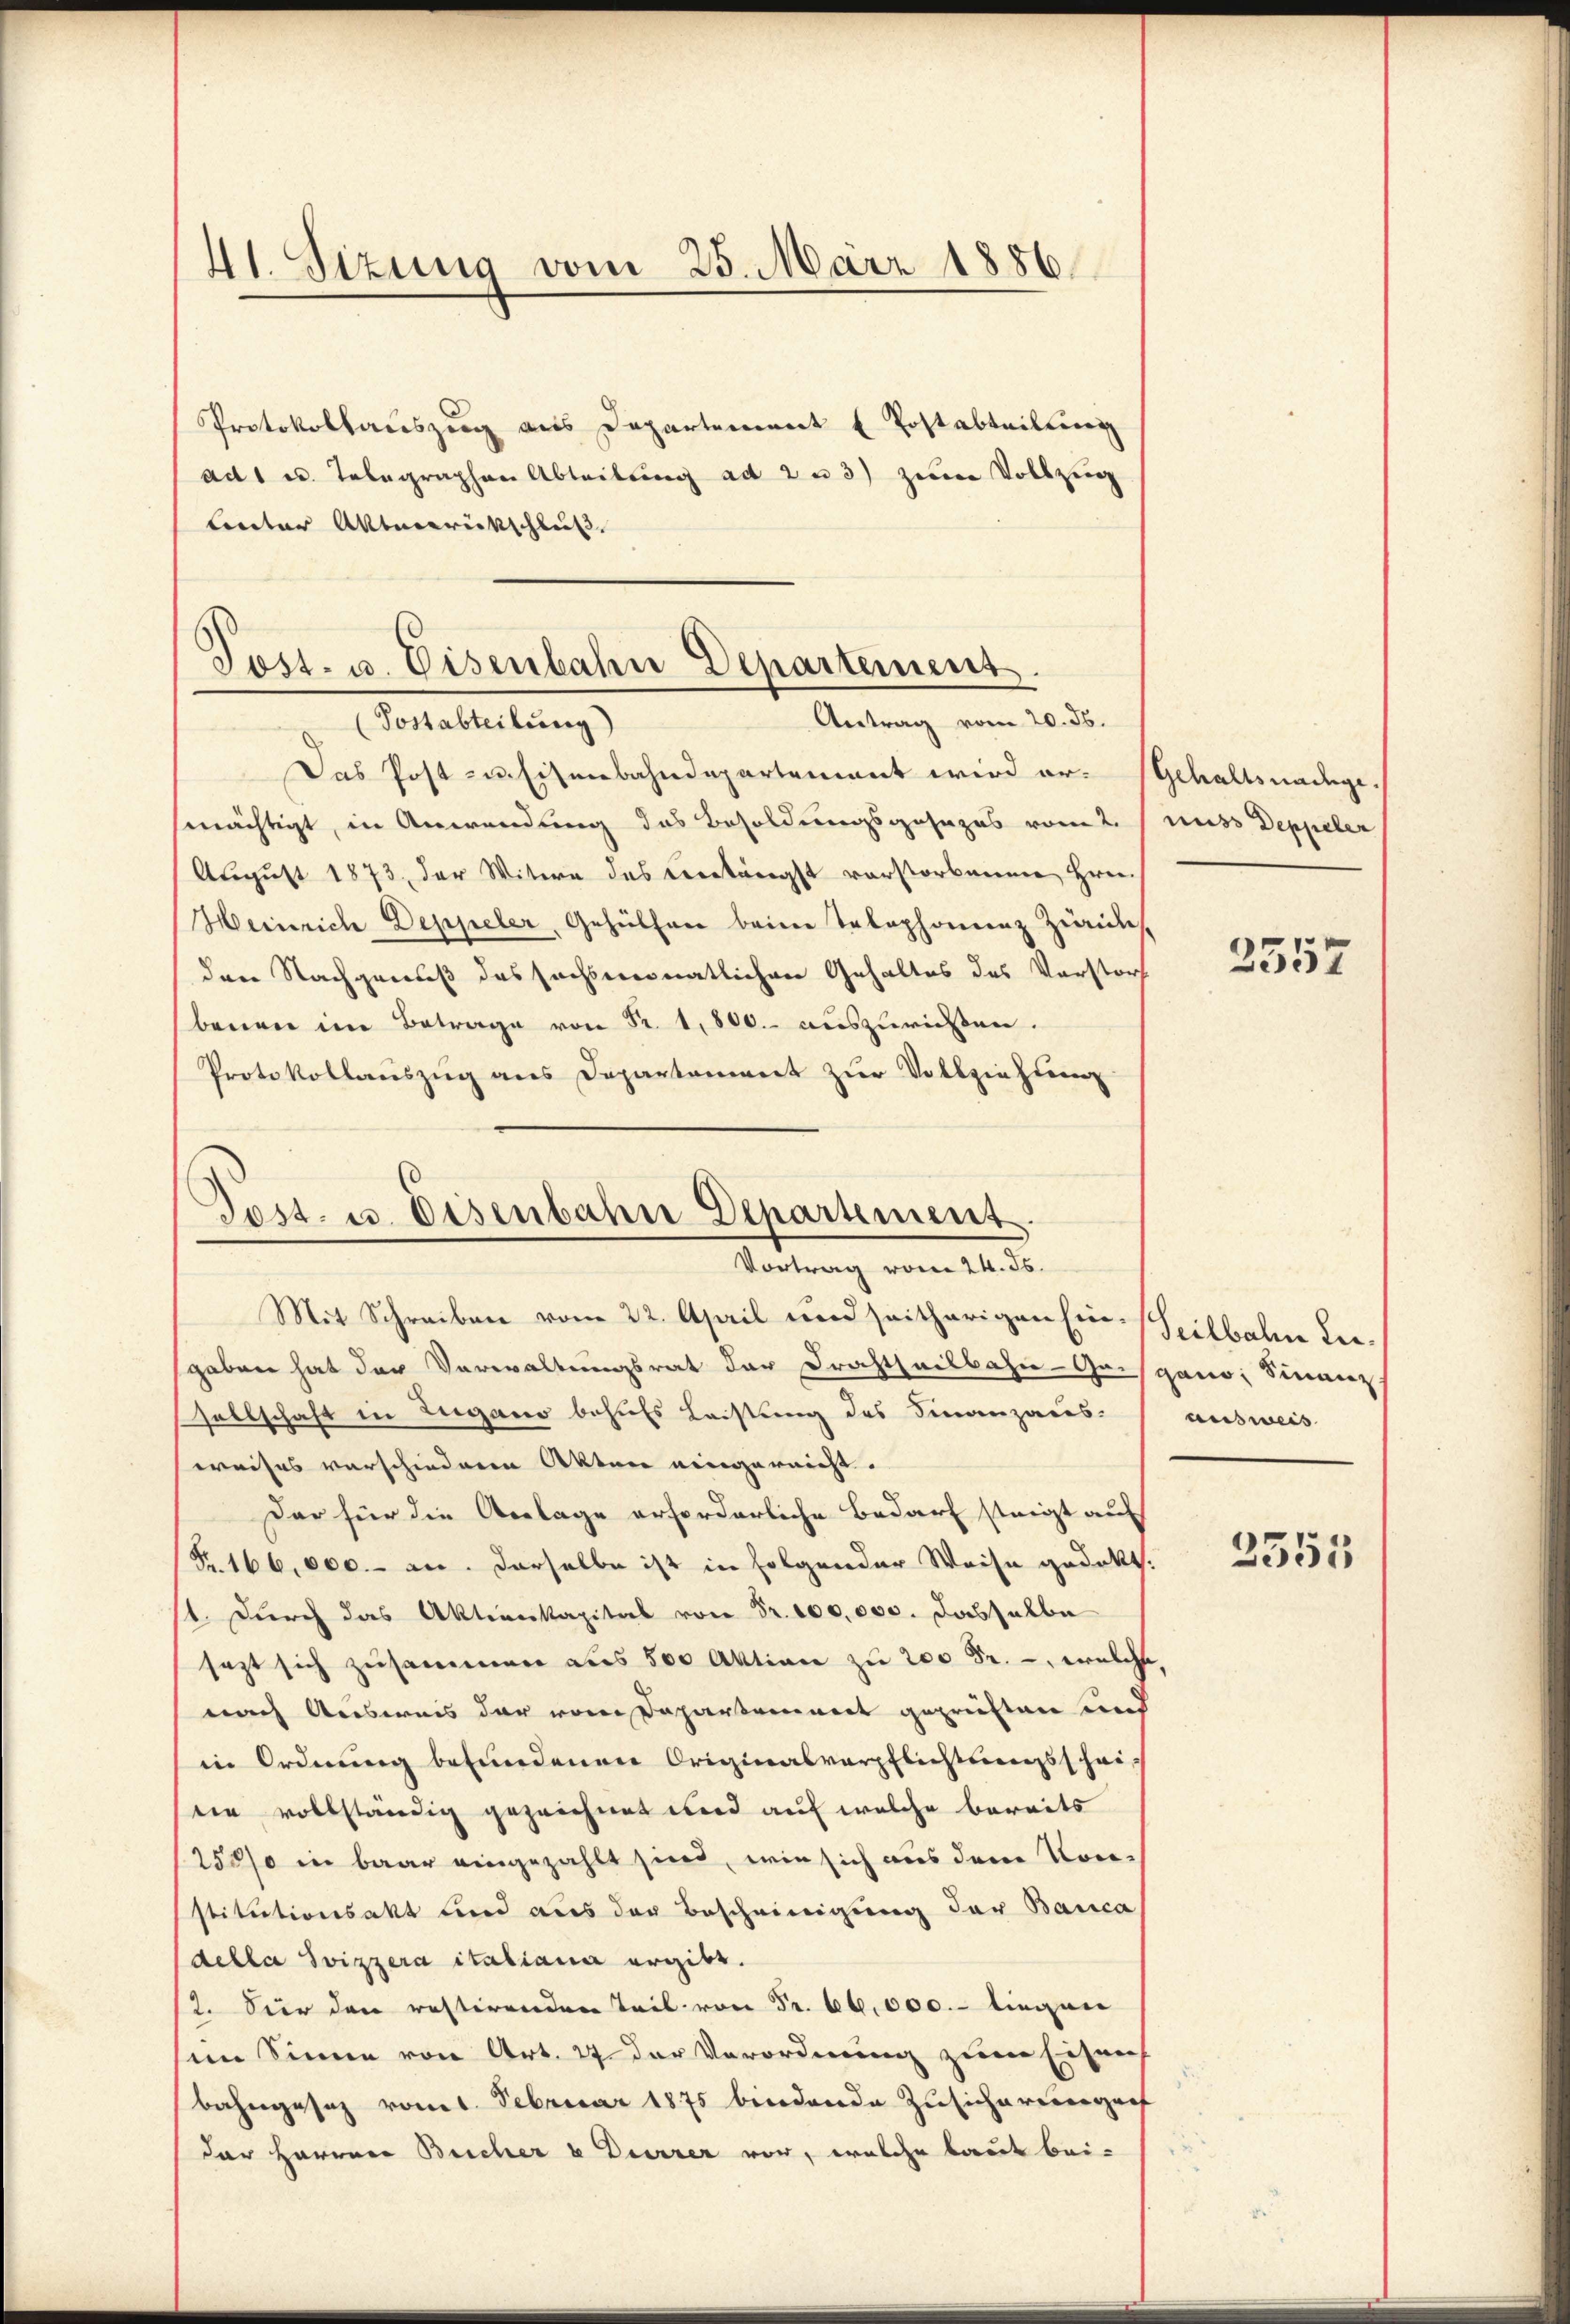
41. Sizung vom 25. März 1886

Protokollauszug aus Departement u Postabteilung
ad 1 u. Telegraphen Abteilung ad 2 u 3) zum Vollzug
Lnter Aktenrückschleiß

Tost- u. Eisenbahn Departement.
Antrag vom 20. ds.
(Postabteilung)

Das Post zu Eisenbahndepartement wird er- Gehaltsnadegemächtigt, in Anwendung das Besoldungsgesezes vom 2.
August 1873, der Witere des verlängst vorstorbenen Hrn.
Heinrich Deppeler, Gehülfen beim Telephonienz Zwickes,
den Nachgenuß des sechsmonatlichen Gehaltes des Vorstorf
benen im Betrage von Fr. 1,800. auszurießen.
Protokollauszug aus Departement zur Vollziehung

Post. u. Eisenbahne Departement.
Vortrag vom 24. ds.

Mit Schreiben vom 22. April und seitherigen Einseilbahne Leegaben hat der Verwaltungsrat der Frachtheilbahn-Gogano Finanz
sellschaft in Zugano behufs Leistung des Finanzausweises verschiederen Akten eingereicht.
Der für die Anlage erforderliche Bedarf steigt auf
Fr. 166,000.- an. Derselbe ist in folgender Weise gedekt.
st. Durch das Aktienkapital von Fr. 100,000. dasselbe
sezt sich zusammen aus 500 Aktion zu 200 Fr. -, welche,
nach Ausweis der von Departennert geprüften und
in Ordnung befundenen Originasverpflichtungsschei-
sie vollständig gezeichnet und auf welche bereits
2500 in baar eingezahlt sind, wie sich aus dem Vor-
stitutionsakt und aus der Bescheinigung der Banca
della Svizzera italiana ergibt.
2. Vier den restirenden Teil von Fr. 66,000.- liegen
sim Sinne von Art. 27 der Verordnung zum Eisens
bahngesez vom 1. Februar 1875 bindende Zusicherungen
der Herren Beicher u Dürrer vor, welche baut bei¬

muss Deppeler

2557

ausweis

3351